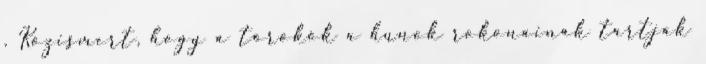
. Közismert, hogy a törökök a hunok rokonainak tartják